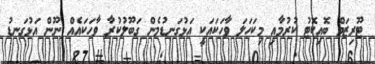
ޓޫރިޒަމް ބޮއިކޮޓު ކުރުމާއި މިކަހަލަ ވާހަކައަކީ އަޅުގަނޑުމެން ގަބޫލުކުރާ ވާހަކައެއް ނޫން އަޅުގަނޑު